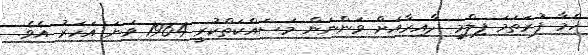
ހެމާ ފުރަތަމަ ފިލްމީ ދާއިރާއަށް ވަންނަން މަސައްކަތްކުރީ 1964 ވަނަ އަހަރު އެވެ.